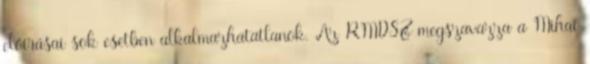
előírásai sok esetben alkalmazhatatlanok. Az RMDSZ megszavazza a Mihai